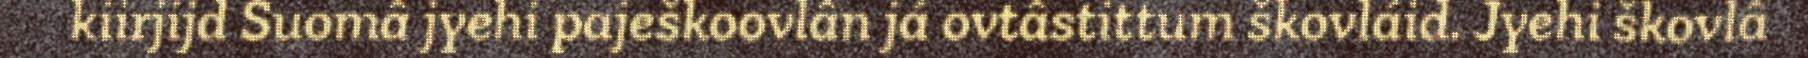
kiirjijd Suomâ jyehi paješkoovlân já ovtâstittum škovláid. Jyehi škovlâ